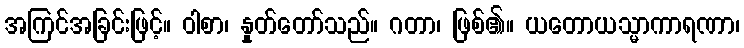
အကြင်အခြင်းဖြင့်။ ဝါစာ၊ နှုတ်တော်သည်။ ဂတာ၊ ဖြစ်၏။ ယတောယသ္မာကာရဏာ၊